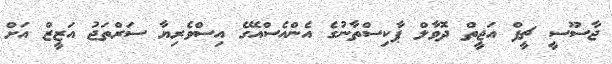
ޖާސޫސީ ޗީފް އަޖީތް ދޮވާލް ޕާކިސްތާނުގެ އެންއެސްއޭގެ އިސްވެރިޔާ ސަރްތަޖު އަޒީޒް އަށް